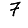
Digit: 7